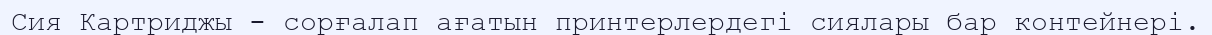
Сия Картриджы - сорғалап ағатын принтерлердегi сиялары бар контейнерi.